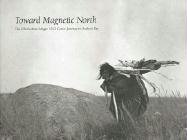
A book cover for Toward Magnetic North: The Oberholtzer-Magee 1912 Canoe Journey to Hudson Bay; Ernest Carl Oberholtzer; History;